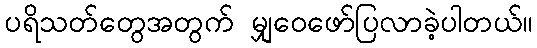
ပရိသတ်တွေအတွက် မျှဝေဖော်ပြလာခဲ့ပါတယ်။